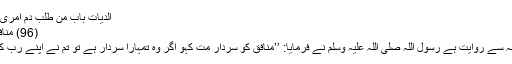
الدیات باب من طلب دم امری بغیر حق 6882)
(96) منافق کی تعظیم کرنا:
بریدہ رضی اللہ عنہ سے روایت ہے رسول اللہ صلی اللہ علیہ وسلم نے فرمایا: ’’منافق کو سردار مت کہو اگر وہ تمہارا سردار ہے تو تم نے اپنے رب کو ناراض کر دیا‘‘۔